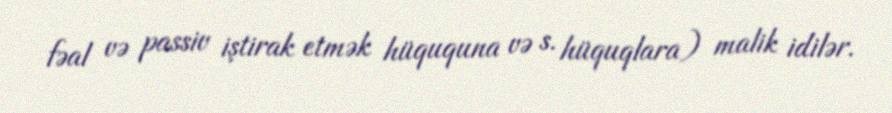
fəal və passiv iştirak etmək hüququna və s. hüquqlara) malik idilər.